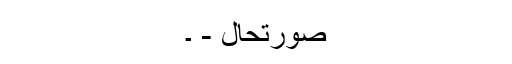
صورتحال - ۔